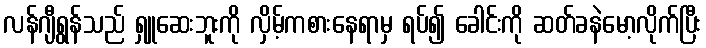
လန်ဂျီရွန်သည် ရှူဆေးဘူးကို လှိမ့်ကစားနေရာမှ ရပ်၍ ခေါင်းကို ဆတ်ခနဲမော့လိုက်ပြီး